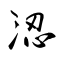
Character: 涊